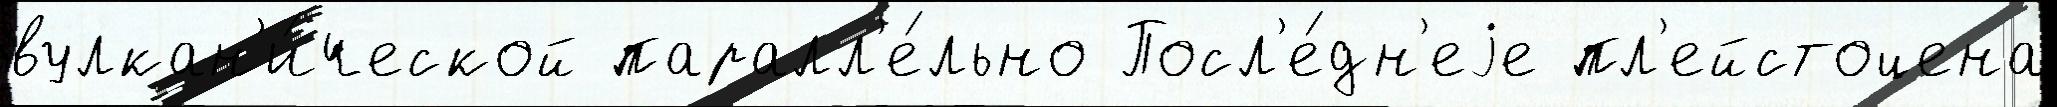
вулкан'и́ческой паралл'е́льно Посл'е́дн'еjе пл'ейстоцена